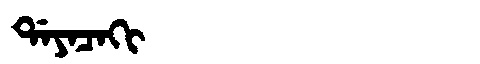
Manchu: ᡩᠠᠶᠠᠴᠠᡴᡳ
Romanization: DAYACAKI